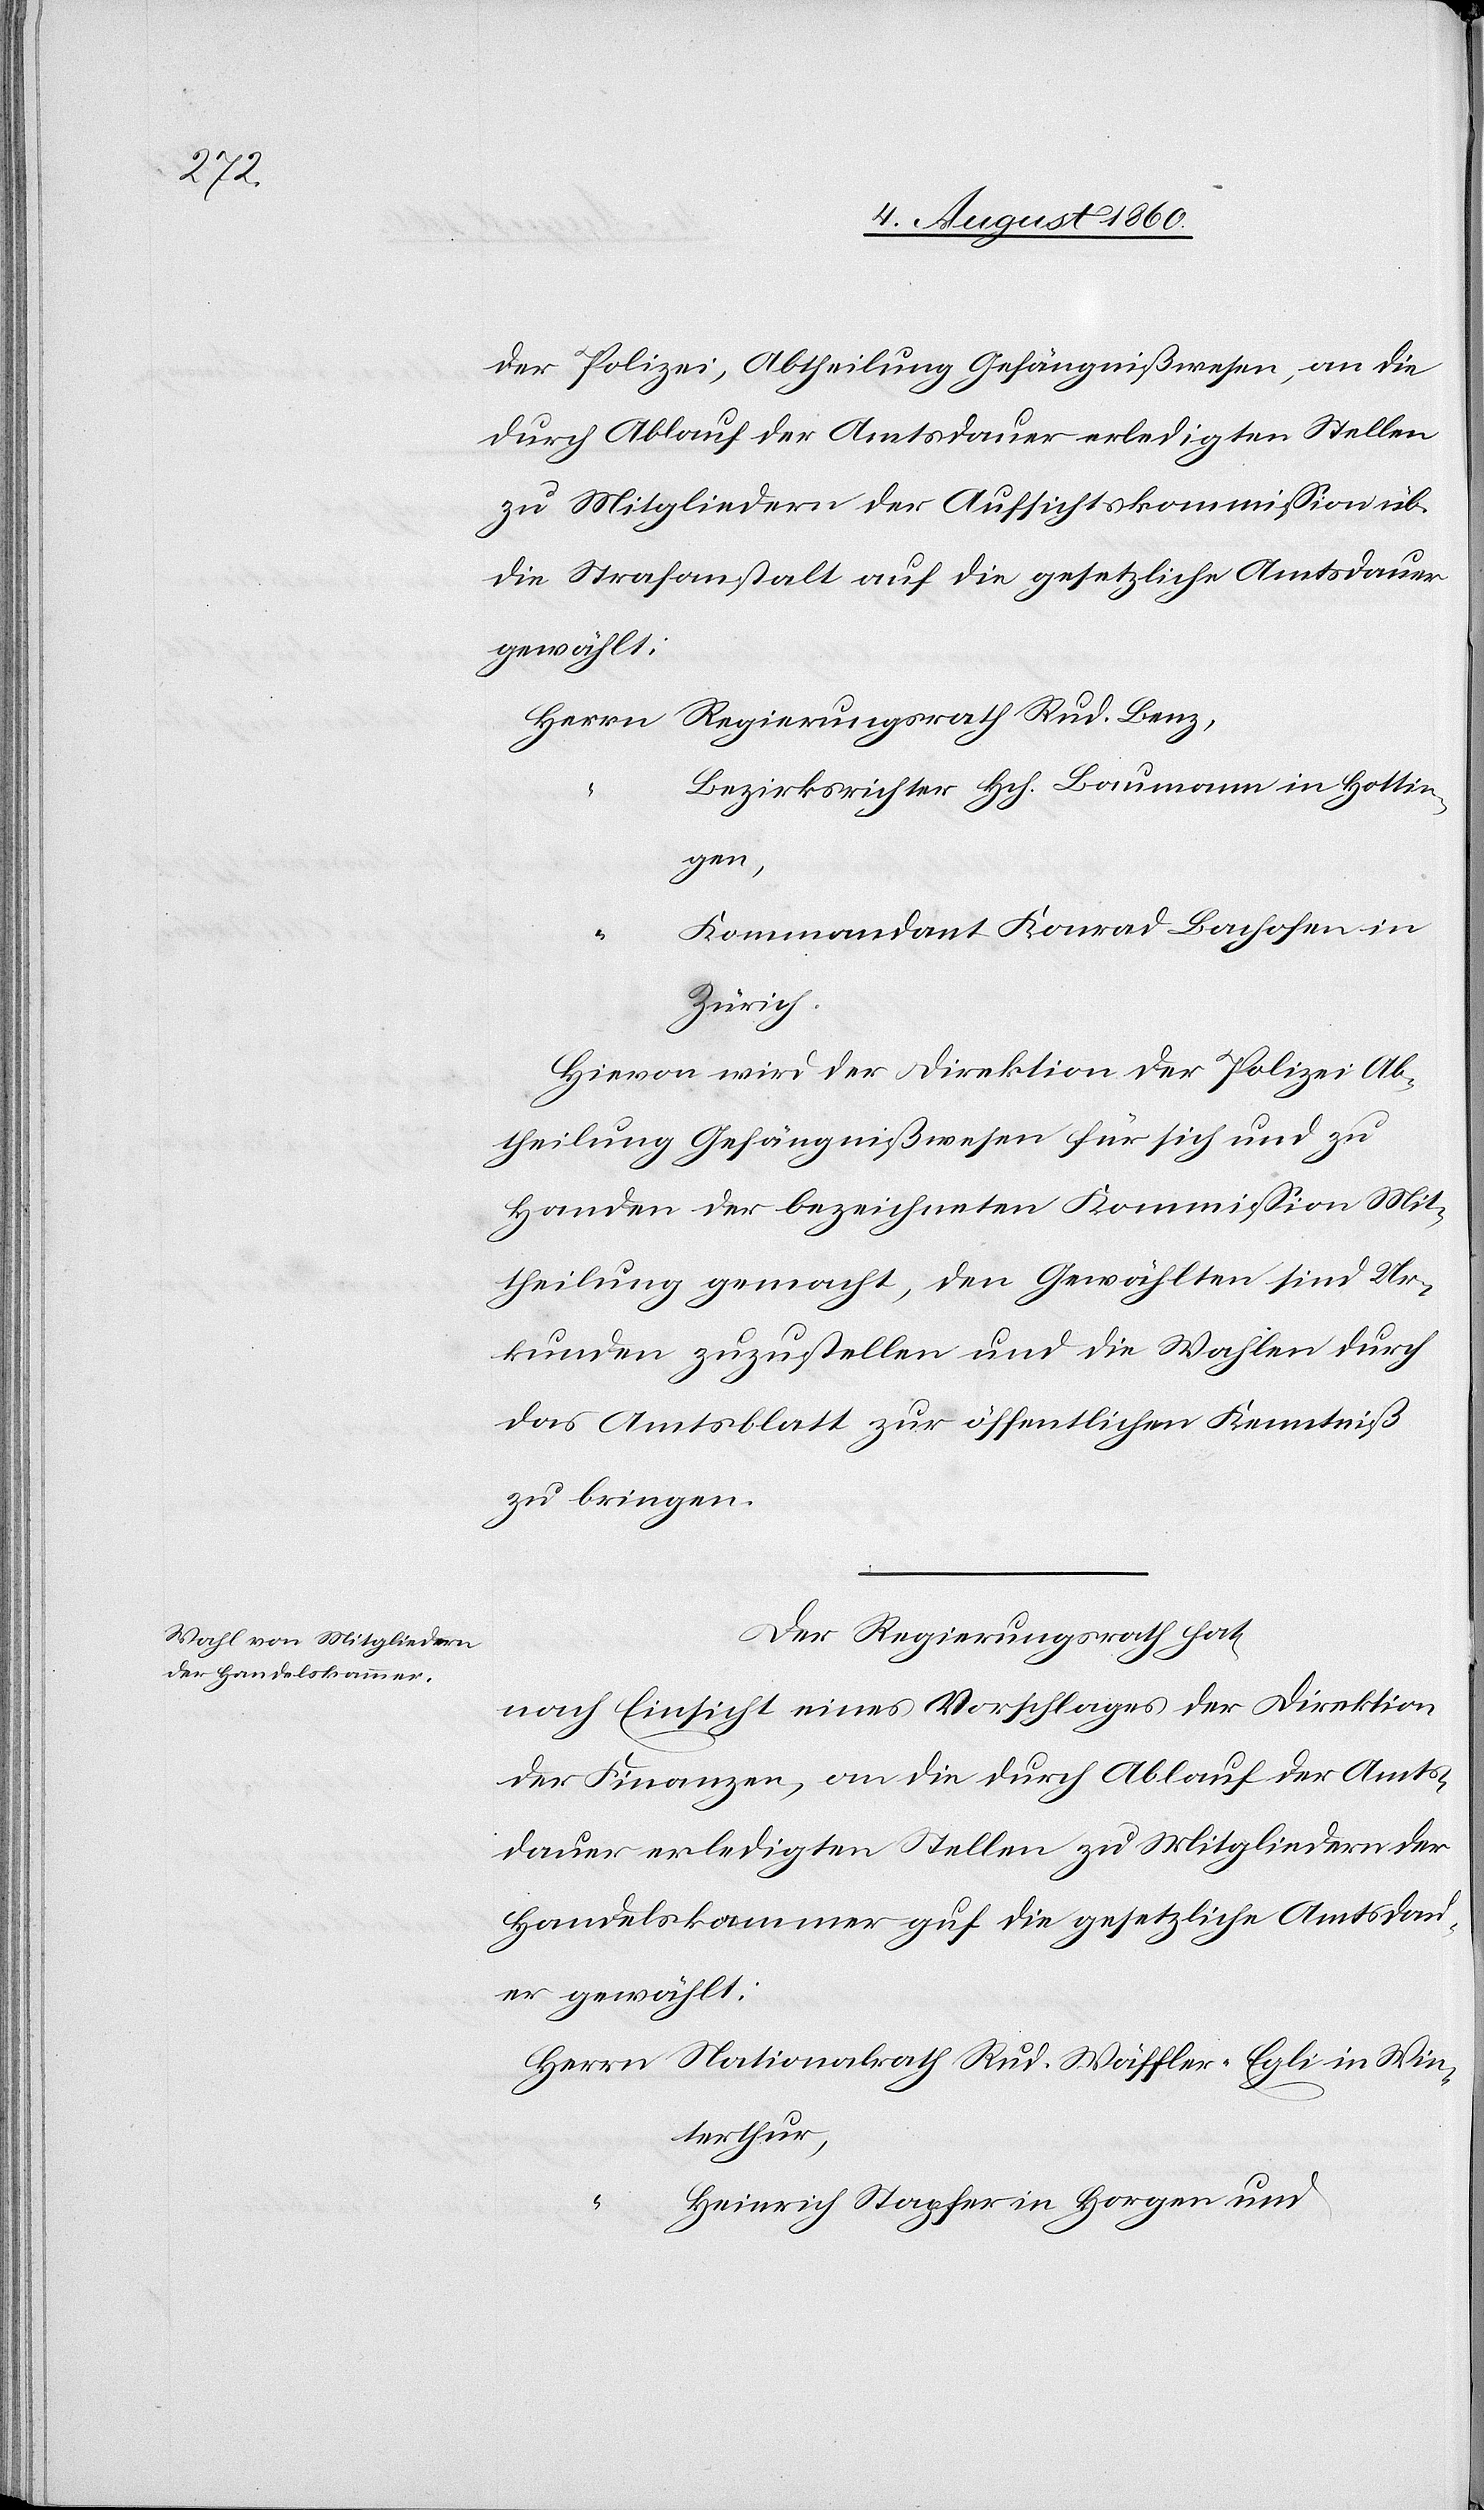
der Polizei, Abheilung Gefängnisswesen an die
durch Ablauf der Amtsdauer erledigten Stellen
zu Mitgliedern der Aufsichtskommission über
die Strafanstalt auf die gesetzliche Amtsdauer
gewählt:
Bezirksrichter Hch. Baumann in Hottin¬
gen,
Kommandant Konrad Bachofen in
Zürich.
Hievon wird der Direktion der Polizei, Ab¬
theilung Gefängnisswesen für sich und zu
Handen der bezeichneten Kommission Mit¬
theilung gemacht, den Gewählten sind Ur¬
kunden zuzustellen und die Wahlen durch
das Amtsblatt zur öffentlichen Kenntniss
zu bringen.
Der Regierungsrath hat,
nach Einsicht eines Vorschlages der Direktion
der Finanzen, an die durch Ablauf der Amts¬
dauer erledigten Stellen zu Mitgliedern der
Handelskammer auf die gesetzliche Amtsdau¬
er gewählt:
Herrn Nationalrath Rud. Wäffler-Egli in Win¬
terthur,
Heinrich Stapfer in Horgen und